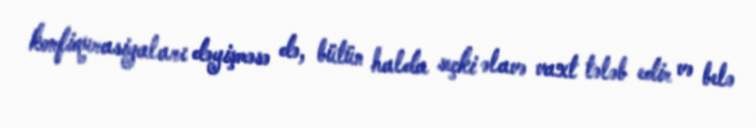
konfiqurasiyaları dəyişməsə də, bütün halda seçki əlavə vaxt tələb edir və belə